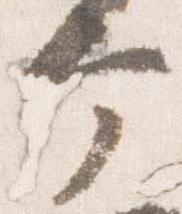
ヶ